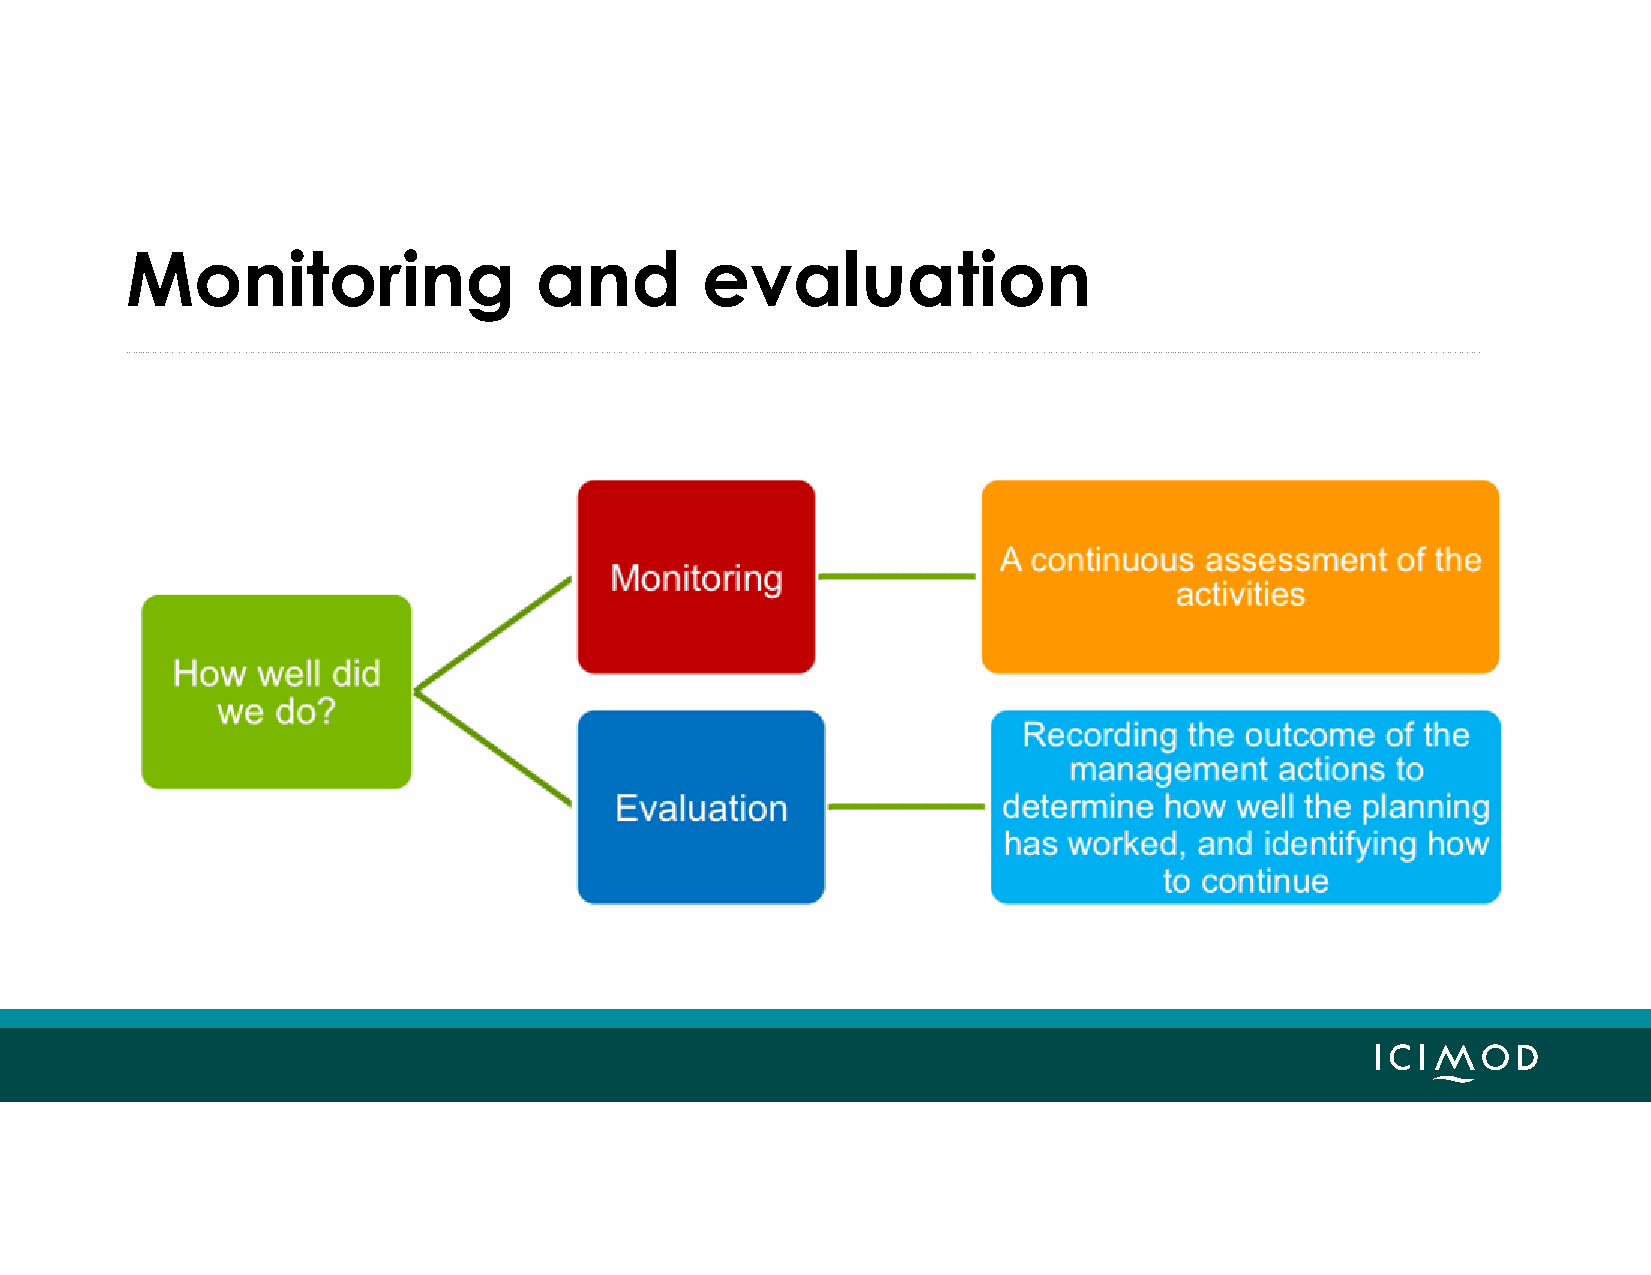
Monitoring                 and        evaluation